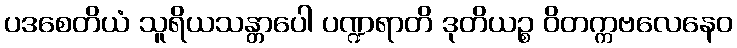
ပဒစေတိယံ သူရိယသန္တာပေါ ပဏ္ဍရာတိ ဒုတိယဉ္စ ဝိတက္ကဗလေနေဝ